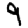
Digit: 9